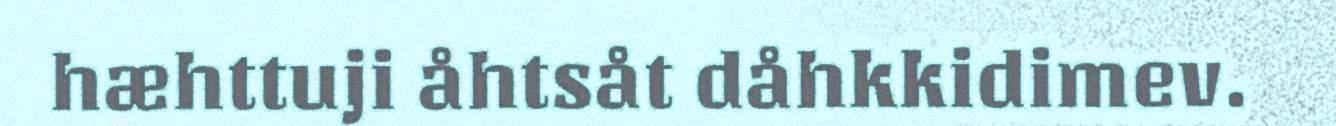
hæhttuji åhtsåt dåhkkidimev.